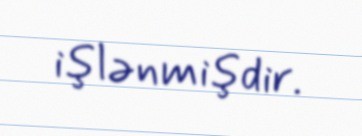
işlənmişdir.